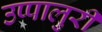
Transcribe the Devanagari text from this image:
उप्पालुरी